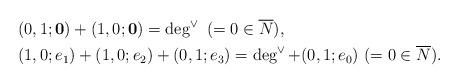
LaTeX: \begin{align*}&(0,1;{\mathbf 0}) + (1,0;{\mathbf 0}) = \deg^\vee ~(= 0 \in \overline{N}),\\&(1,0;e_1) + (1,0;e_2) + (0,1;e_3) = \deg^\vee + (0,1;e_0) ~(= 0 \in \overline{N}).\end{align*}